Eesti_Ajutise_Valitsuse_Peavolinikud, lk 3
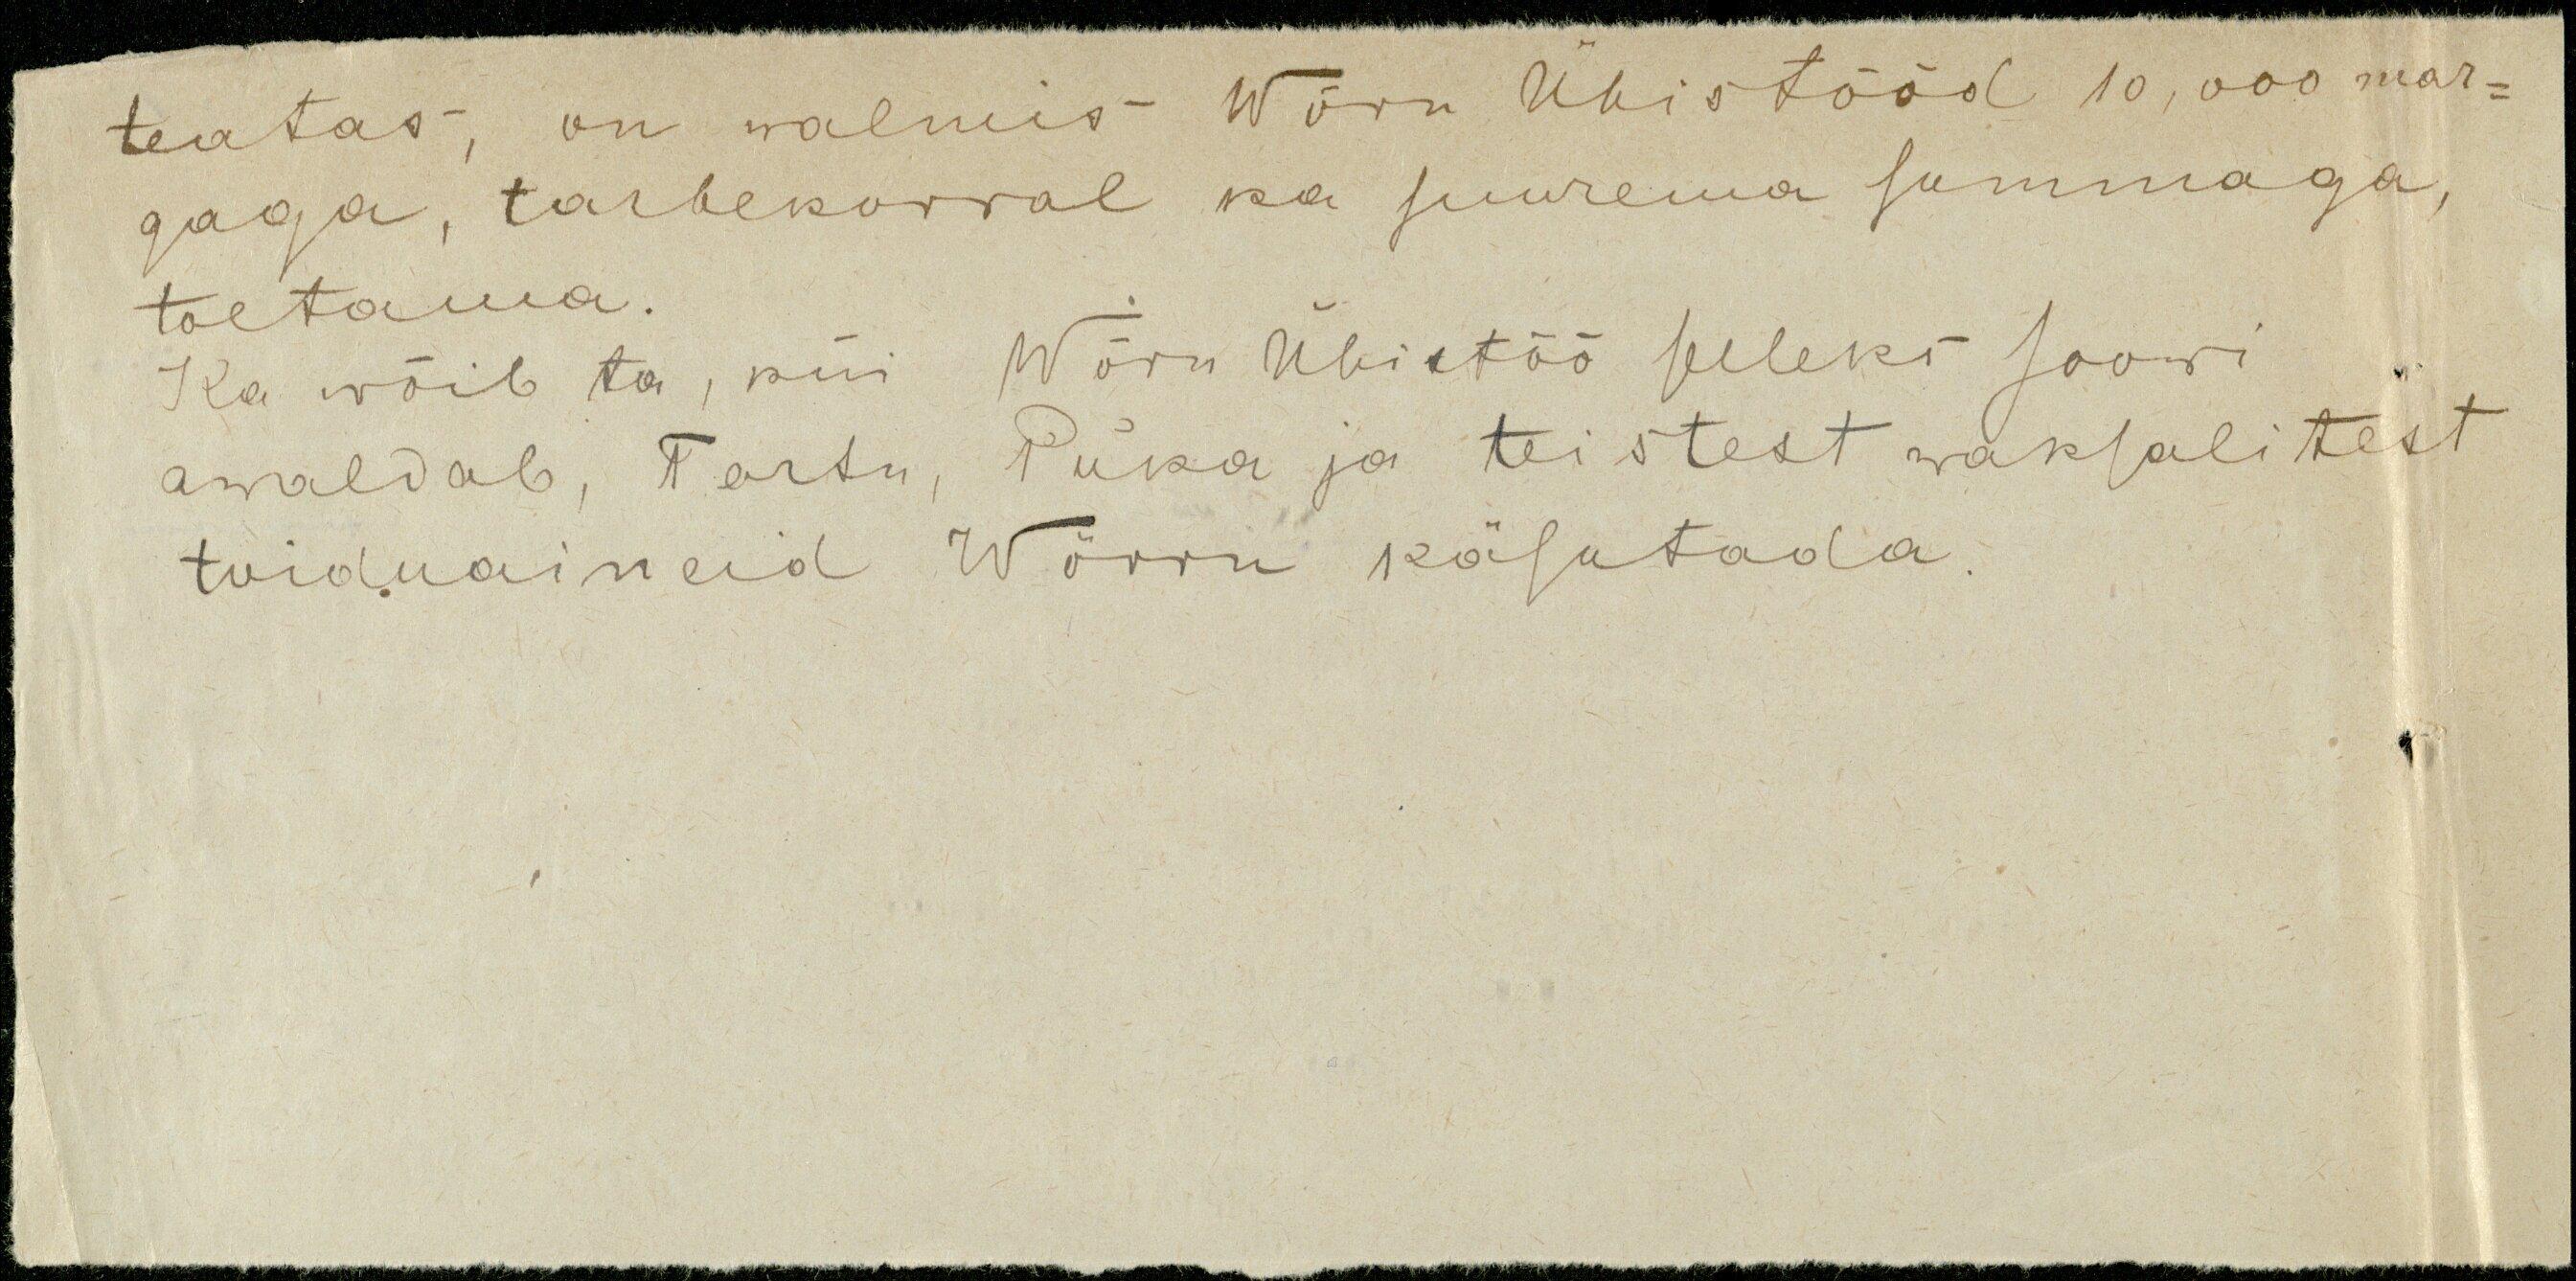
teatas, on walmis Wõru Ühistööd 10,000 mar-
gaga, tarbekorral ka suurema summaga,
toetama.
Ka wõib ta, kui Wõru Ühistöö seleks soowi
awaldab, Tartu, Puka ja teistest waksalitest
toiduaineid Wõrru käsutada.